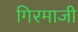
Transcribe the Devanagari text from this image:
गिरमाजी